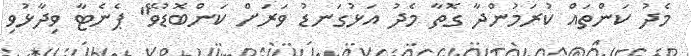
މެދު ކަންތައް ކުރަމުންދާ ގޮތާ މެދު އަޅުގަނޑު ވަރަށް ކަންބޮޑުވޭ" ޕެނެޓާ ވިދާޅުވި